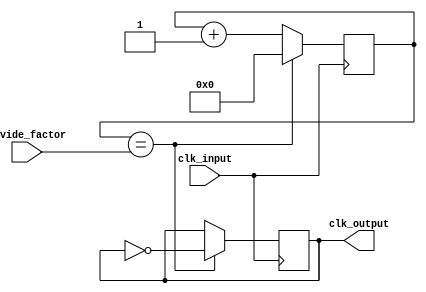
module Frequency_Synthesizer(
    input wire clk_input,
    input wire [7:0] divide_factor,
    output reg clk_output
);

reg [7:0] counter;

always @ (posedge clk_input) begin
    if (counter == divide_factor) begin
        counter <= 0;
        clk_output <= ~clk_output;
    end else begin
        counter <= counter + 1;
    end
end

endmodule